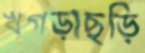
খগড়াছড়ি